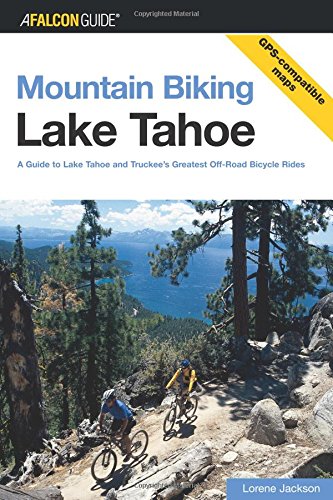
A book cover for Mountain Biking Lake Tahoe: A Guide To Lake Tahoe And Truckee's Greatest Off-Road Bicycle Rides (Regional Mountain Biking Series); Lorene Jackson; Travel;